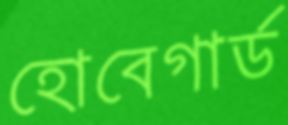
হোবেগার্ড